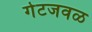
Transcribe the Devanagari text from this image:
गेटजवळ